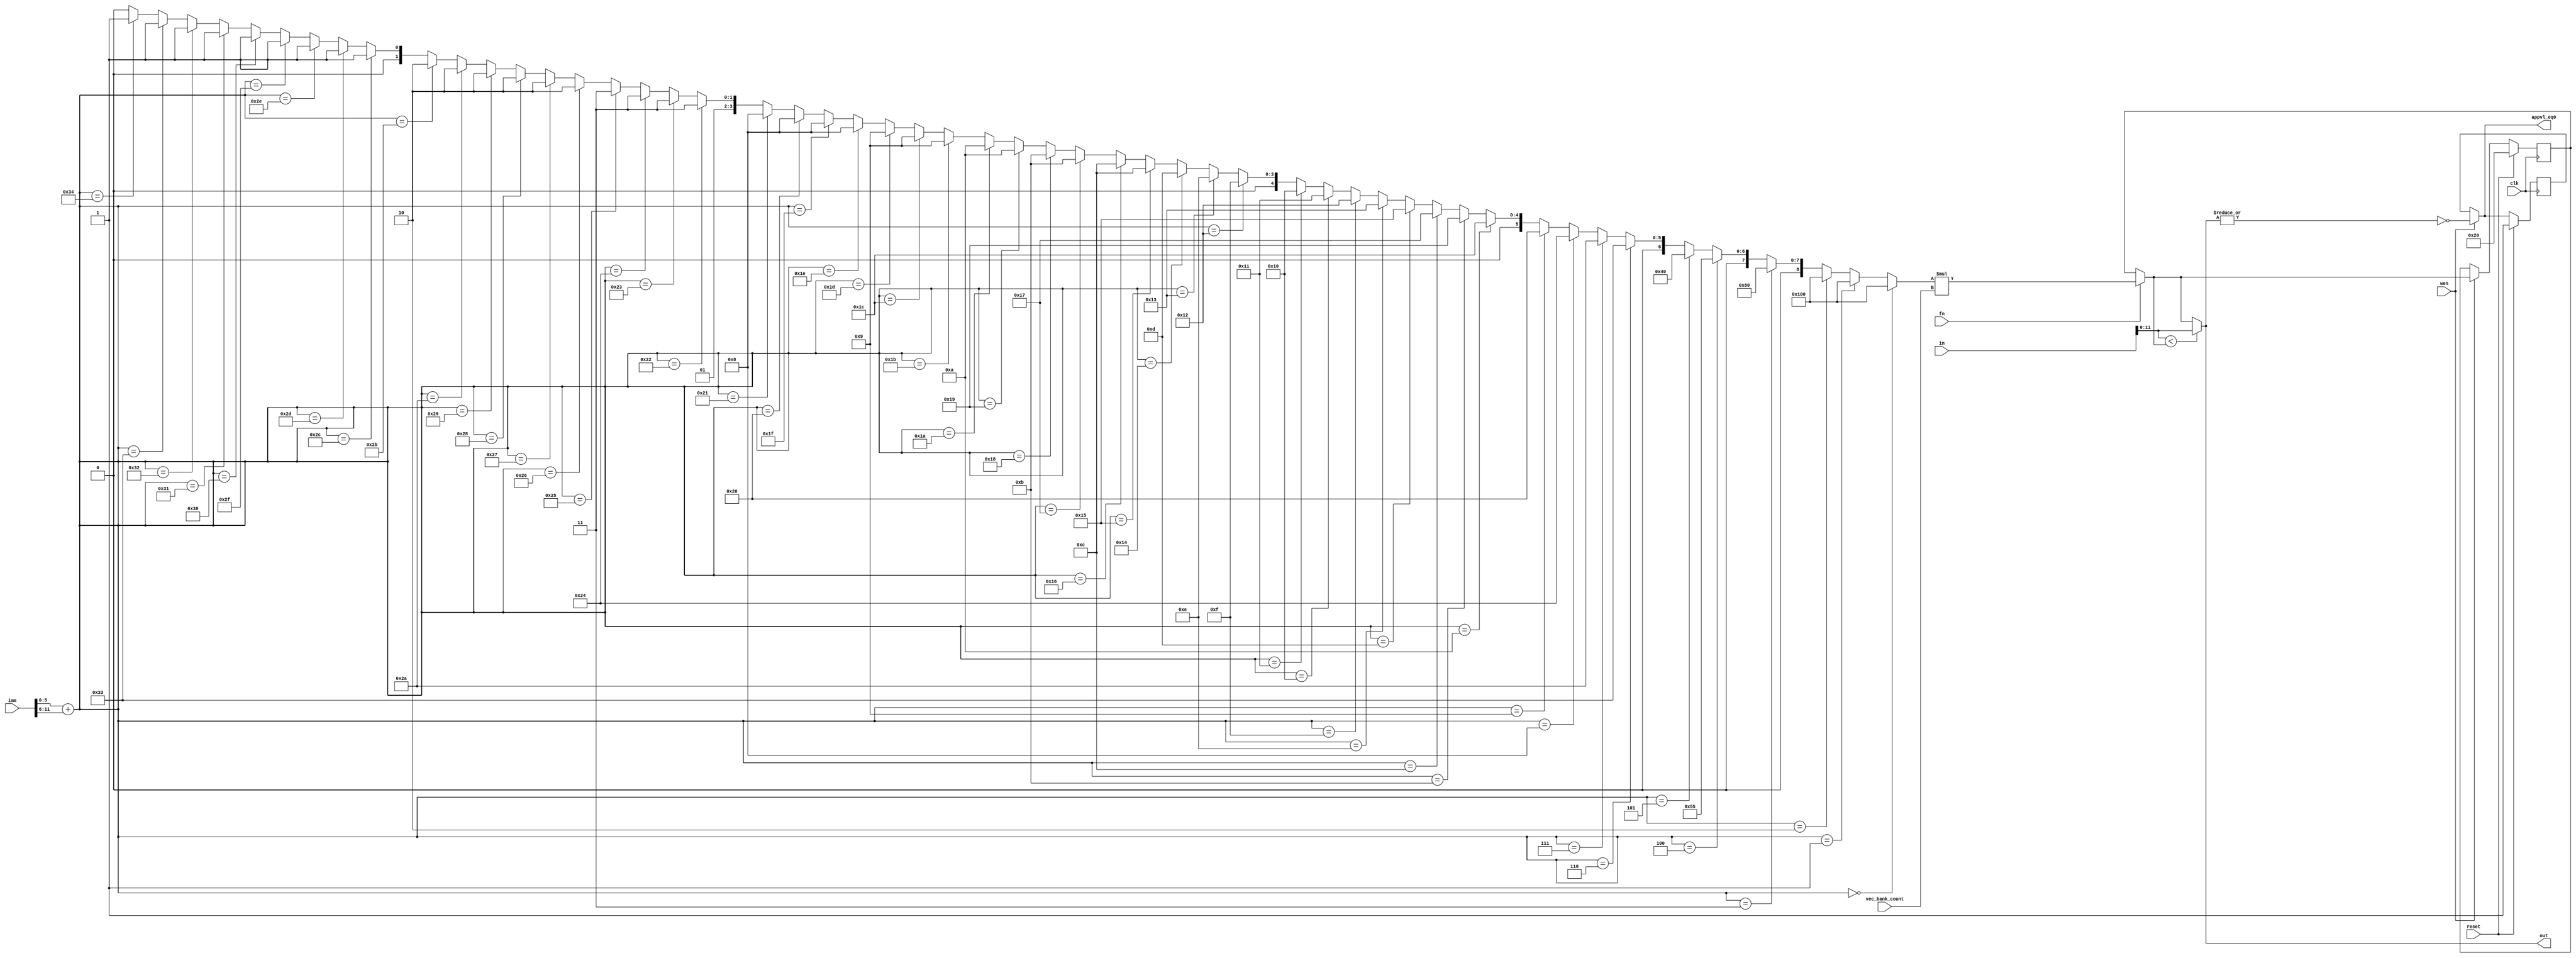
module riscvProcDpath_VEC
(
  input clk,
  input reset,

  input wen,
  input fn,
  input [63:0] in,
  input [11:0] imm,
  input [3:0] vec_bank_count,
  output appvl_eq0,
  output [11:0] out
);

  wire [5:0] nxregs = imm[5:0];
  wire [5:0] nfregs = imm[11:6];
  wire [6:0] nregs = nxregs + nfregs;

  wire [8:0] uts_per_bank
    = nregs == 7'd0  ? 9'd256
    : nregs == 7'd1  ? 9'd256
    : nregs == 7'd2  ? 9'd256
    : nregs == 7'd3  ? 9'd128
    : nregs == 7'd4  ? 9'd85
    : nregs == 7'd5  ? 9'd64
    : nregs == 7'd6  ? 9'd51
    : nregs == 7'd7  ? 9'd42
    : nregs == 7'd8  ? 9'd36
    : nregs == 7'd9  ? 9'd32
    : nregs == 7'd10 ? 9'd28
    : nregs == 7'd11 ? 9'd25
    : nregs == 7'd12 ? 9'd23
    : nregs == 7'd13 ? 9'd21
    : nregs == 7'd14 ? 9'd19
    : nregs == 7'd15 ? 9'd18
    : nregs == 7'd16 ? 9'd17
    : nregs == 7'd17 ? 9'd16
    : nregs == 7'd18 ? 9'd15
    : nregs == 7'd19 ? 9'd14
    : nregs == 7'd20 ? 9'd13
    : nregs == 7'd21 ? 9'd12
    : nregs == 7'd22 ? 9'd12
    : nregs == 7'd23 ? 9'd11
    : nregs == 7'd24 ? 9'd11
    : nregs == 7'd25 ? 9'd10
    : nregs == 7'd26 ? 9'd10
    : nregs == 7'd27 ? 9'd9
    : nregs == 7'd28 ? 9'd9
    : nregs == 7'd29 ? 9'd9
    : nregs == 7'd30 ? 9'd8
    : nregs == 7'd31 ? 9'd8
    : nregs == 7'd32 ? 9'd8
    : nregs == 7'd33 ? 9'd8
    : nregs == 7'd34 ? 9'd7
    : nregs == 7'd35 ? 9'd7
    : nregs == 7'd36 ? 9'd7
    : nregs == 7'd37 ? 9'd7
    : nregs == 7'd38 ? 9'd6
    : nregs == 7'd39 ? 9'd6
    : nregs == 7'd40 ? 9'd6
    : nregs == 7'd41 ? 9'd6
    : nregs == 7'd42 ? 9'd6
    : nregs == 7'd43 ? 9'd6
    : nregs == 7'd44 ? 9'd5
    : nregs == 7'd45 ? 9'd5
    : nregs == 7'd46 ? 9'd5
    : nregs == 7'd47 ? 9'd5
    : nregs == 7'd48 ? 9'd5
    : nregs == 7'd49 ? 9'd5
    : nregs == 7'd50 ? 9'd5
    : nregs == 7'd51 ? 9'd5
    : nregs == 7'd52 ? 9'd5
    : 9'd4;

  reg  [11:0] reg_hwvl;
  reg         reg_appvl_eq0;
  wire [11:0] hwvl_vcfg = uts_per_bank * vec_bank_count;
  wire [11:0] hwvl = fn ? hwvl_vcfg : reg_hwvl;
  wire [11:0] appvl = in[11:0] < hwvl ? in[11:0] : hwvl;

  always @(posedge clk)
  begin
    if (reset)
    begin
      reg_hwvl <= 12'd32;
      reg_appvl_eq0 <= 1'b1;
    end
    else if (wen)
    begin
      if (fn == 1'b1) reg_hwvl <= hwvl_vcfg;
      reg_appvl_eq0 <= ~(|appvl);
    end
  end

  // bypass appvl_eq0
  assign appvl_eq0 = wen ? ~(|appvl) : reg_appvl_eq0;
  assign out = appvl;

endmodule